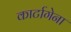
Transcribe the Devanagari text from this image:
कार्टागेना